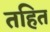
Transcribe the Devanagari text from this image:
तहित